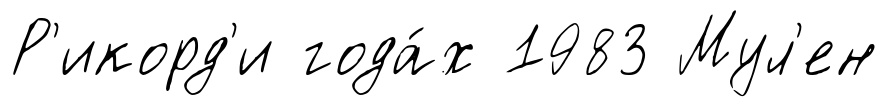
Р'икорд'и года́х 1983 Мул'ен